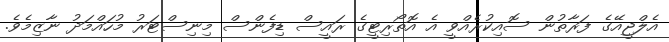
އެލްޖީއޭގެ ފަރާތުން ސޮއިކުރެއްވީ އެ އޮތޯރިޓީގެ ރައީސް ޑިފެންސް މިނިސްޓަރު މުހައްމަދު ނާޒިމެވެ.